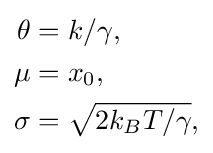
{\begin{aligned}\theta &=k/\gamma ,\\\mu &=x_{0},\\\sigma &={\sqrt {2k_{B}T/\gamma }},\end{aligned}}